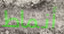
أنماط